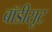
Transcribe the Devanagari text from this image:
बाॅडीसूट